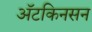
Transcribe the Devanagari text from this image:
अॅटकिनसन